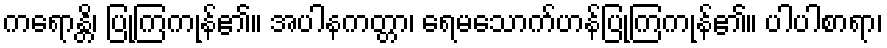
ကရောန္တိ၊ ပြုကြကုန်၏။ အပါနကတ္တာ၊ ရေမသောက်ဟန်ပြုကြကုန်၏။ ပါပါစာရာ၊